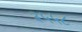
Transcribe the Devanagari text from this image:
३५५८